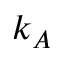
k _ { A }